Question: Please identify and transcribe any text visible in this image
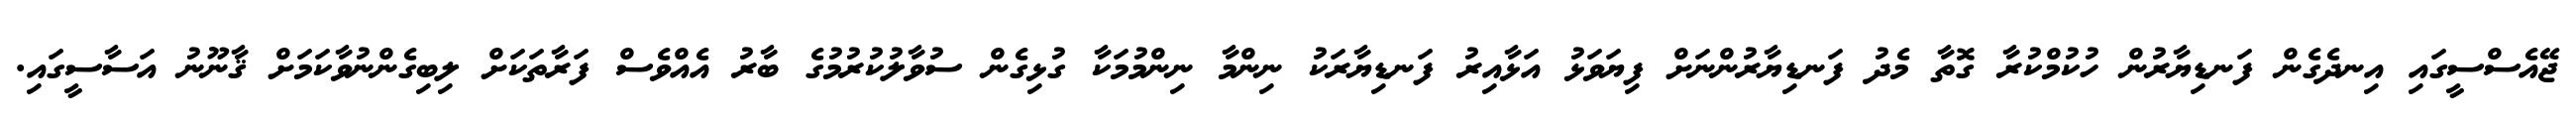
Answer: ޖޭއެސްސީގައި އިނދެގެން ފަނޑިޔާރުން ހުކުމްކުރާ ގޮތާ މެދު ފަނޑިޔާރުންނަށް ފިޔަވަޅު އަޅާއިރު ފަނޑިޔާރަކު ނިންމާ ނިންމުމަކާ ގުޅިގެން ސުވާލުކުރުމުގެ ބާރު އެއްވެސް ފަރާތަކަށް ލިބިގެންނުވާކަމަށް ޤާނޫނު އަސާސީގައި.